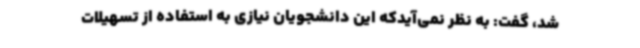
شد، گفت: به نظر نمی‌آیدکه این دانشجویان نیازی به استفاده از تسهیلات